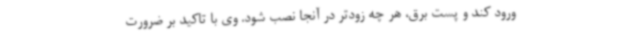
ورود کند و پست برق، هر چه زودتر در آنجا نصب شود. وی با تاکید بر ضرورت